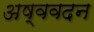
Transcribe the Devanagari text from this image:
अष्ववदन